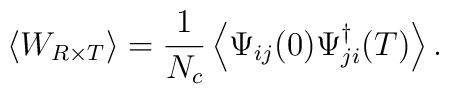
\left<W_{R\times T}\right>=\frac{1}{N_c}\left<\Psi_{ij}(0)\Psi_{ji}^\dagger(T)\right>.